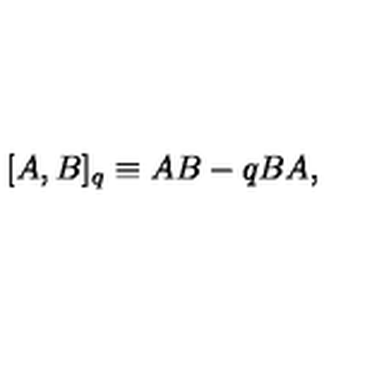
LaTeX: [ A , B ] _ { q } \equiv A B - q B A ,